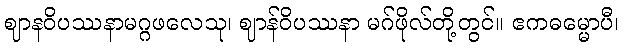
ဈာနဝိပဿနာမဂ္ဂဖလေသု၊ ဈာန်ဝိပဿနာ မဂ်ဖိုလ်တို့တွင်။ ဧကဓမ္မောပီ၊